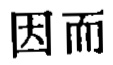
因而